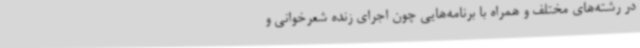
در رشته‌های مختلف و همراه با برنامه‌هایی چون اجرای زنده شعرخوانی و